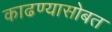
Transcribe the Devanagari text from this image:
काढण्यासोबत